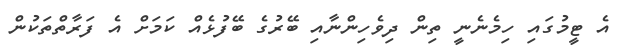
އެ ޓީމުގައި ހިމެނެނީ ތިން ދިވެހިންނާއި ބޭރުގެ ބޭފުޅެއް ކަމަށް އެ ފަރާތްތަކުން